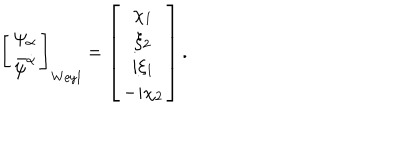
\left[ \begin{array} { c } { { \psi _ { \alpha } } } \\ { { \bar { \psi } ^ { \dot { \alpha } } } } \\ \end{array} \right] _ { \mathrm { W e y l } } = \left[ \begin{array} { c } { { \chi _ { 1 } } } \\ { { \xi _ { 2 } } } \\ { { i \xi _ { 1 } } } \\ { { - i \chi _ { 2 } } } \\ \end{array} \right] .